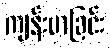
ကျန်းမာခြင်း